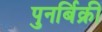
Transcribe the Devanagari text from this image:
पुनर्बिक्री